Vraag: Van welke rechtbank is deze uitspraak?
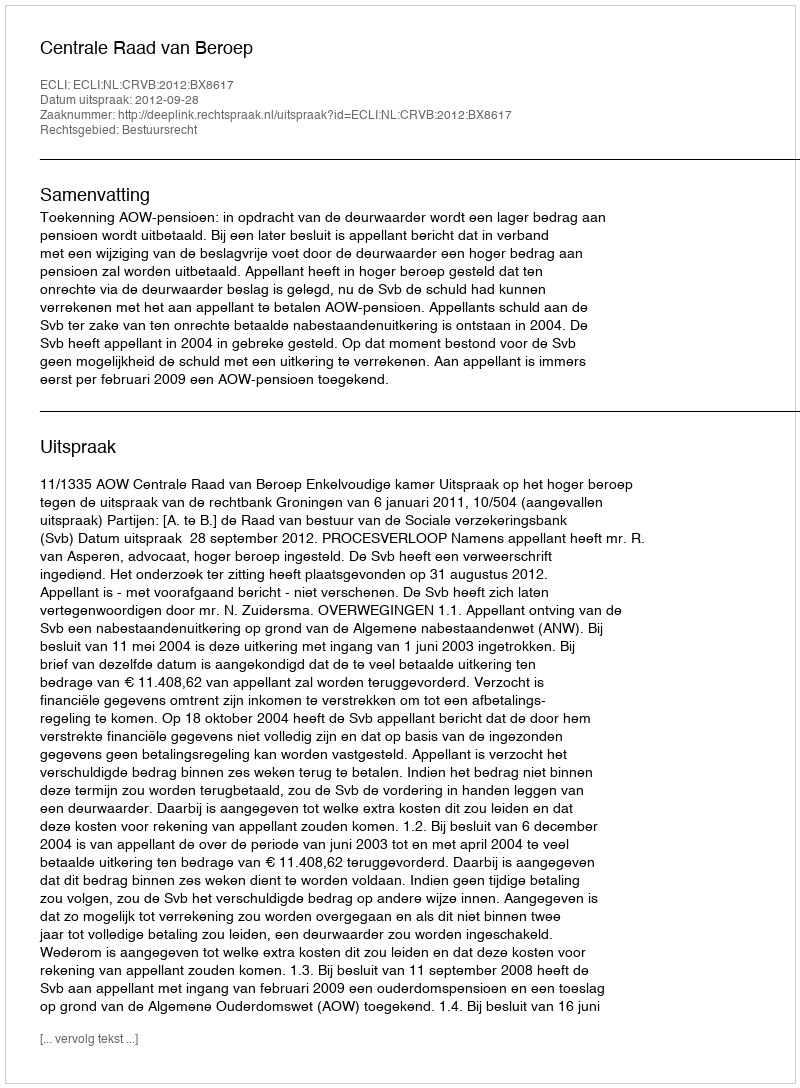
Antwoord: Centrale Raad van Beroep